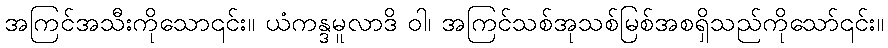
အကြင်အသီးကိုသော၎င်း။ ယံကန္ဒမူလာဒိ ဝါ၊ အကြင်သစ်အုသစ်မြစ်အစရှိသည်ကိုသော်၎င်း။